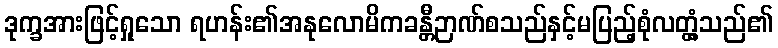
ဒုက္ခအားဖြင့်ရှုသော ရဟန်း၏အနုလောမိကခန္တီဉာဏ်စသည်နှင့်မပြည့်စုံလတ္တံ့သည်၏